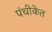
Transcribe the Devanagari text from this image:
पंचीकेत